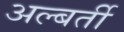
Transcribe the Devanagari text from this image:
अल्बर्ती